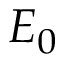
E _ { 0 }